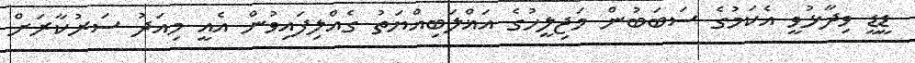
ޑީޑީ ވިދާޅުވީ އެކަމުގެ ސަބަބުން މަޖިލީހުގެ އަޣްލަބިއްޔަތު ގެއްލިފައިވުން އެއީ މިއަދު ސަރުކާރަށް